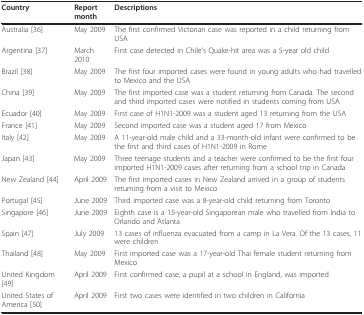
| Country | Report month | Descriptions |
 | --- | --- | --- |
 | Australia [36] | May 2009 | The first confirmed Victorian case was reported in a child returning from USA |
 | Argentina [37] | March 2010 | First case detected in Chile's Quake-hit area was a 5-year old child |
 | Brazil [38] | May 2009 | The first four imported cases were found in young adults who had travelled to Mexico and the USA |
 | China [39] | May 2009 | The first imported case was a student returning from Canada. The second and third imported cases were notified in students coming from USA |
 | Ecuador [40] | May 2009 | First case of H1N1-2009 was a student aged 13 returning from the USA |
 | France [41] | May 2009 | Second imported case was a student aged 17 from Mexico |
 | Italy [42] | May 2009 | A 11-year-old male child and a 33-month-old infant were confirmed to be the first and third cases of H1N1-2009 in Rome |
 | Japan [43] | May 2009 | Three teenage students and a teacher were confirmed to be the first four imported H1N1-2009 cases after returning from a school trip in Canada |
 | New Zealand [44] | April 2009 | The first imported cases in New Zealand arrived in a group of students returning from a visit to Mexico |
 | Portugal [45] | June 2009 | Third imported case was a 8-year-old child returning from Toronto |
 | Singapore [46] | June 2009 | Eighth case is a 15-year-old Singaporean male who travelled from India to Orlando and Atlanta |
 | Spain [47] | July 2009 | 13 cases of influenza evacuated from a camp in La Vera. Of the 13 cases, 11 were children |
 | Thailand [48] | May 2009 | First imported case was a 17-year-old Thai female student returning from Mexico |
 | United Kingdom [49] | April 2009 | First confirmed case, a pupil at a school in England, was imported |
 | United States of America [50] | April 2009 | First two cases were identified in two children in California |